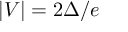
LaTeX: | V | = 2 \Delta / e